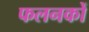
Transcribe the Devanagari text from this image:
फलनकों